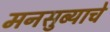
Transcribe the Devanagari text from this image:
मनसुब्याचे